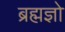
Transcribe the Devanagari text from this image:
ब्रह्मज्ञो